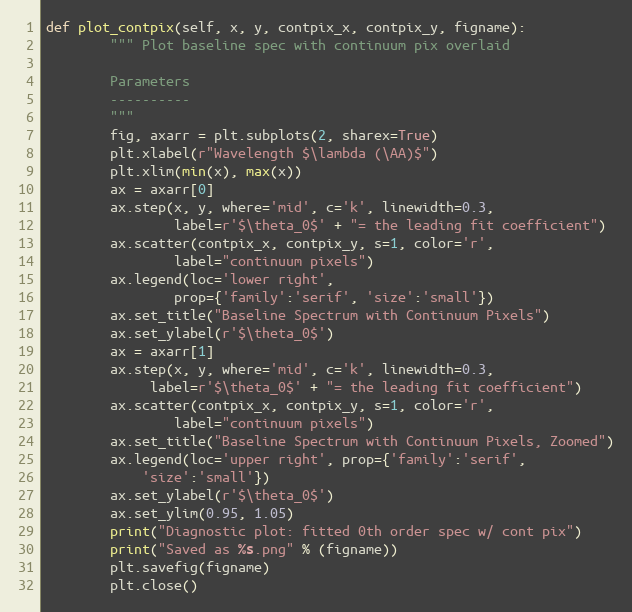
Language: Python
def plot_contpix(self, x, y, contpix_x, contpix_y, figname):
        """ Plot baseline spec with continuum pix overlaid

        Parameters
        ----------
        """
        fig, axarr = plt.subplots(2, sharex=True)
        plt.xlabel(r"Wavelength $\lambda (\AA)$")
        plt.xlim(min(x), max(x))
        ax = axarr[0]
        ax.step(x, y, where='mid', c='k', linewidth=0.3,
                label=r'$\theta_0$' + "= the leading fit coefficient")
        ax.scatter(contpix_x, contpix_y, s=1, color='r',
                label="continuum pixels")
        ax.legend(loc='lower right',
                prop={'family':'serif', 'size':'small'})
        ax.set_title("Baseline Spectrum with Continuum Pixels")
        ax.set_ylabel(r'$\theta_0$')
        ax = axarr[1]
        ax.step(x, y, where='mid', c='k', linewidth=0.3,
             label=r'$\theta_0$' + "= the leading fit coefficient")
        ax.scatter(contpix_x, contpix_y, s=1, color='r',
                label="continuum pixels")
        ax.set_title("Baseline Spectrum with Continuum Pixels, Zoomed")
        ax.legend(loc='upper right', prop={'family':'serif',
            'size':'small'})
        ax.set_ylabel(r'$\theta_0$')
        ax.set_ylim(0.95, 1.05)
        print("Diagnostic plot: fitted 0th order spec w/ cont pix")
        print("Saved as %s.png" % (figname))
        plt.savefig(figname)
        plt.close()